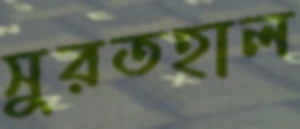
সুরতহাল